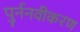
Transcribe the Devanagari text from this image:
पुर्ननवीकरण